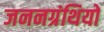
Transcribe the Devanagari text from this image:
जननग्रंथियों